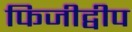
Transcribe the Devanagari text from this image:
फिजीद्वीप